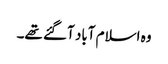
وہ اسلام آباد آگئے تھے۔